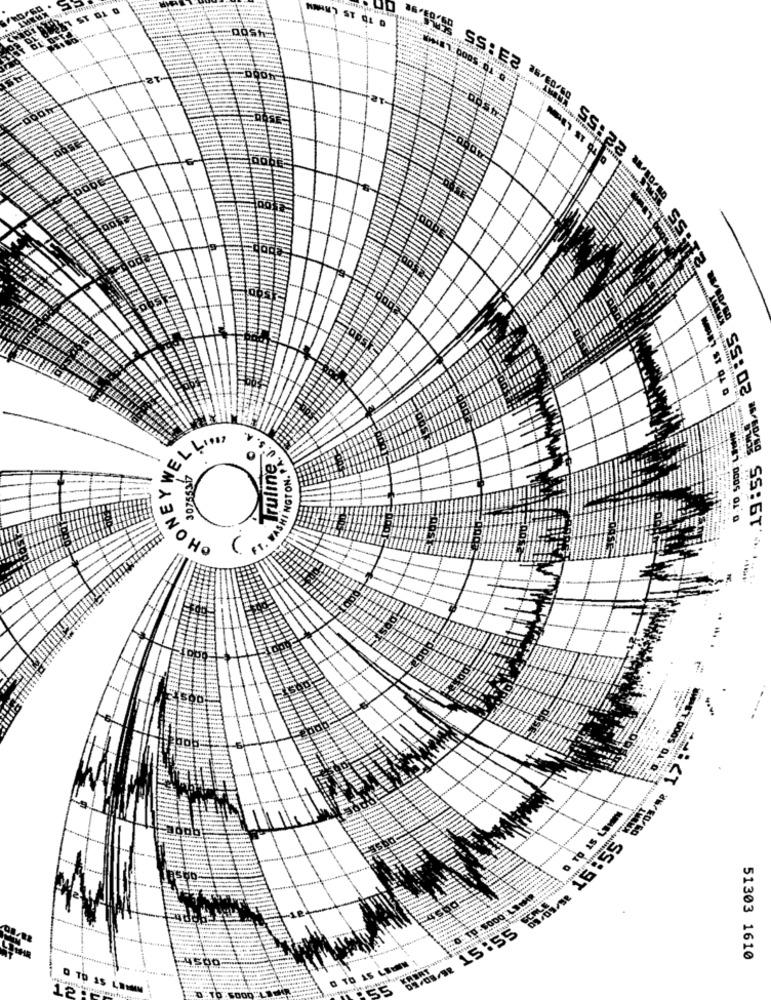
SS: 2
20:55
SHINGTON, PL. U. S.M
WELLIDS
Truline
ERSS SS: 6T'
13 NOHO
.. 16:55
09/03/2 15:55 FX5
51303 1610
500
0 TO 15 LBUNN
KAORT
12.